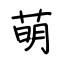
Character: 萌